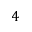
4